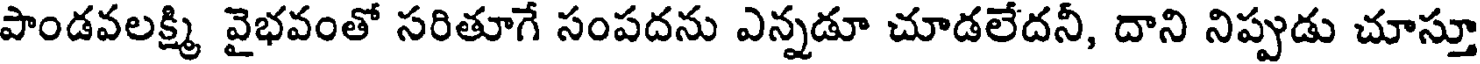
పాండవలక్ష్మి వైభవంతో సరితూగే సంపదను ఎన్నడూ చూడలేదనీ, దాని నిప్పుడు చూస్తూ